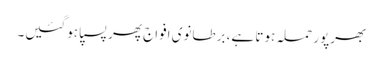
بھرپور حملہ ہوتا ہے، برطانوی افواج پھر پسپا ہوگئیں۔